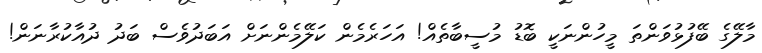
މާލޭގެ ބޭފުޅުވަންތަ މީހުންނަކީ ބޮޑު މުސީބާތެއް! އަހަރެމެން ކަލޭމެންނަށް އަބަދުވެސް ބަދު ދުއާކުރާނަން!